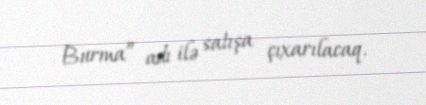
Burma” adı ilə satışa çıxarılacaq.